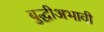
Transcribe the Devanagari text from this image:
बुद्धीअभावी